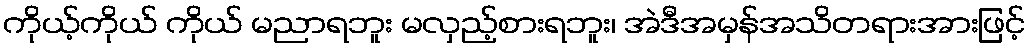
ကိုယ့်ကိုယ် ကိုယ် မညာရဘူး မလှည့်စားရဘူး၊ အဲဒီအမှန်အသိတရားအားဖြင့်